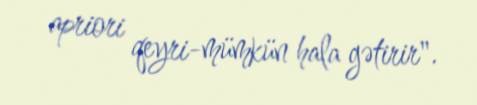
apriori qeyri-mümkün hala gətirir".